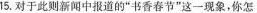
15.对于此则新闻中报道的”书香春节”这一现象，你怎